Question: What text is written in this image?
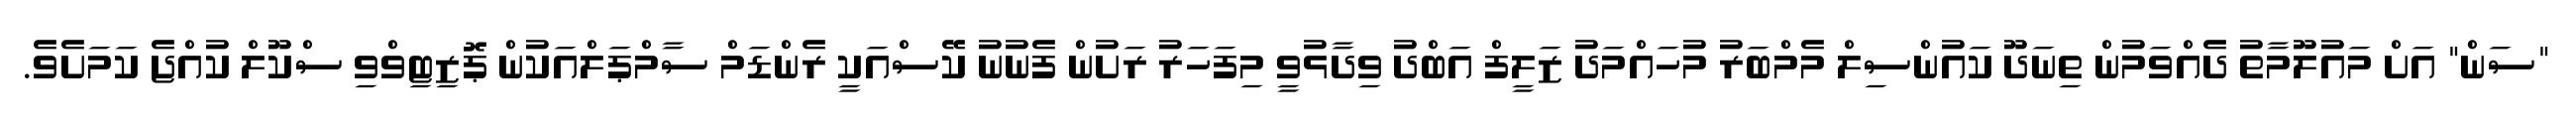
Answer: "ސަން" އަށް މައުލޫމާތު ދެއްވަމުން ތިނަދޫ ކައުންސިލް މެމްބަރު މުހައްމަދު ޒަލީފް އަބްދު ވިދާޅުވީ މިފަހަރު ރަށުން ފެނުނު ކޭސްއަކީ ރެންޑަމް ސާމްޕަލްއަކުން ޕޮޒިޓިވްވި ސްކޫލް ކުއްޖެ ކަމަށެވެ.